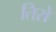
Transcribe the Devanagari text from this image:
तिरो